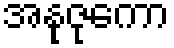
အနုဇုကော